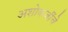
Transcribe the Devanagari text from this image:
अशोकजींचे